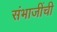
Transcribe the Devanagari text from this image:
संभाजींची